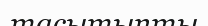
тасытыпты